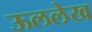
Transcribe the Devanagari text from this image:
ऊललेख